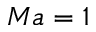
M a = 1